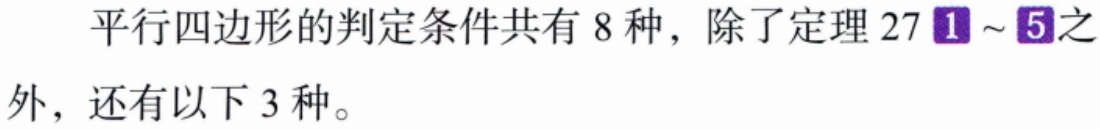
平行四边形的判定条件共有 8 种，除了定理 27 \textcircled{1}～\textcircled{5}之外，还有以下 3 种。